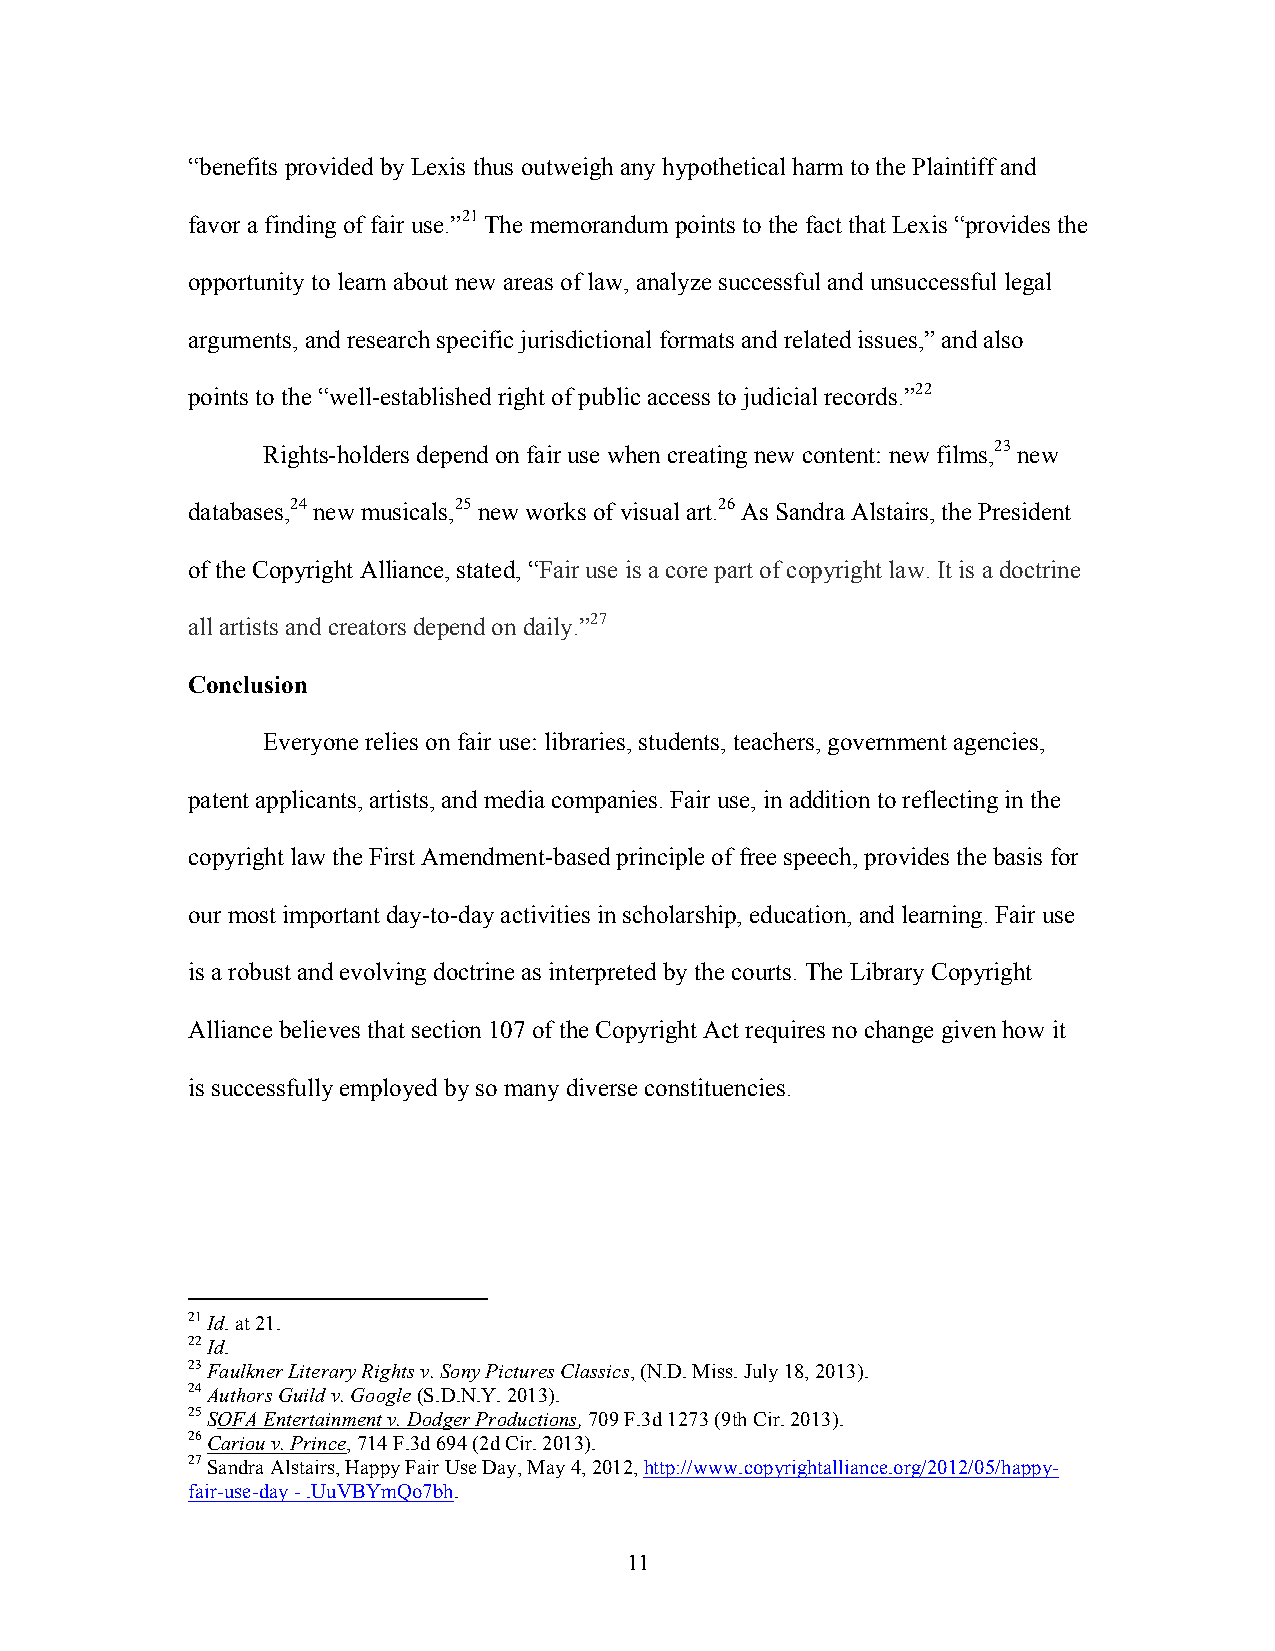
“benefits provided by Lexis thus outweigh any hypothetical harm to the Plaintiff and
 favor a finding of fair use.”21 The memorandum points to the fact that Lexis “provides the
 opportunity to learn about new areas of law, analyze successful and unsuccessful legal
 arguments, and research specific jurisdictional formats and related issues,” and also
 points to the “well-established right of public access to judicial records.”22
 Rights-holders depend on fair use when creating new content: new films,23 new
 databases,24 new musicals,25 new works of visual art.26 As Sandra Alstairs, the President
 of the Copyright Alliance, stated, “Fair use is a core part of copyright law. It is a doctrine
 all artists and creators depend on daily.”27
 Conclusion
 Everyone relies on fair use: libraries, students, teachers, government agencies,
 patent applicants, artists, and media companies. Fair use, in addition to reflecting in the
 copyright law the First Amendment-based principle of free speech, provides the basis for
 our most important day-to-day activities in scholarship, education, and learning. Fair use
 is a robust and evolving doctrine as interpreted by the courts. The Library Copyright
 Alliance believes that section 107 of the Copyright Act requires no change given how it
 is successfully employed by so many diverse constituencies.
 21 Id. at 21.
 22 Id.
 23 Faulkner Literary Rights v. Sony Pictures Classics, (N.D. Miss. July 18, 2013).
 24 Authors Guild v. Google (S.D.N.Y. 2013).
 25 SOFA Entertainment v. Dodger Productions, 709 F.3d 1273 (9th Cir. 2013).
 26 Cariou v. Prince, 714 F.3d 694 (2d Cir. 2013).
 27 Sandra Alstairs, Happy Fair Use Day, May 4, 2012, http://www.copyrightalliance.org/2012/05/happy-
 fair-use-day - .UuVBYmQo7bh.
 11